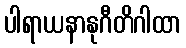
ပါရာယနာနုဂီတိဂါထာ